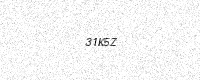
Text: 31K5Z